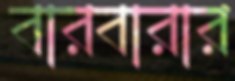
বারবারার